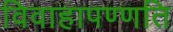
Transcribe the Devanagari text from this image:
विवाहापण्णति